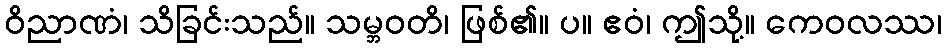
ဝိညာဏံ၊ သိခြင်းသည်။ သမ္ဘဝတိ၊ ဖြစ်၏။ ပ။ ဧဝံ၊ ဤသို့။ ကေဝလဿ၊